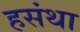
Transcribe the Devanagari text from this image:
हसंथा